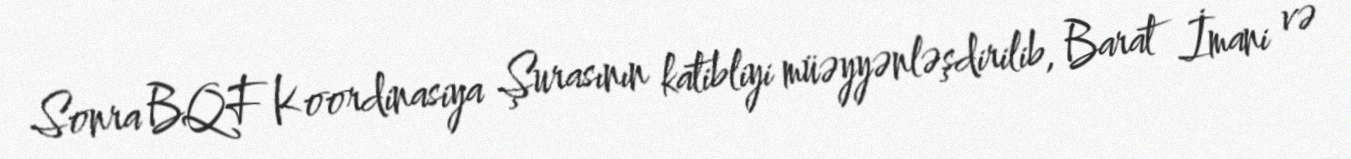
Sonra BQF Koordinasiya Şurasının katibliyi müəyyənləşdirilib, Barat İmani və